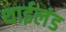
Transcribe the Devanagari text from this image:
थाईलंड